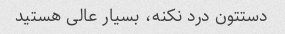
دستتون درد نکنه، بسیار عالی هستید